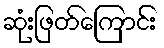
ဆုံးဖြတ်ကြောင်း